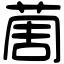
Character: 䓟